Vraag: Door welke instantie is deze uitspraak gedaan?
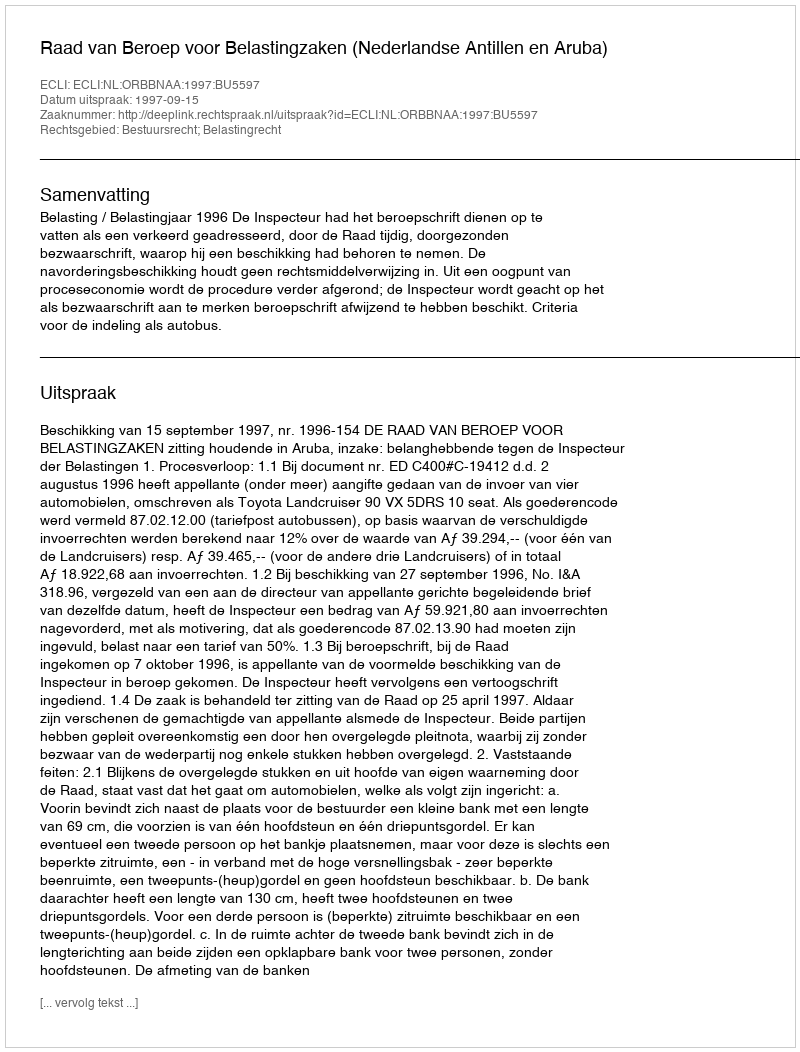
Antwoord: Raad van Beroep voor Belastingzaken (Nederlandse Antillen en Aruba)